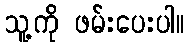
သူ့ကို ဖမ်းပေးပါ။